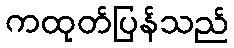
ကထုတ်ပြန်သည်